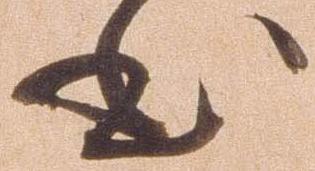
本